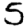
Digit: 5